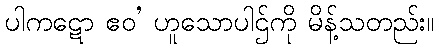
ပါကဋော ဧဝ’ ဟူသောပါဌ်ကို မိန့်သတည်း။